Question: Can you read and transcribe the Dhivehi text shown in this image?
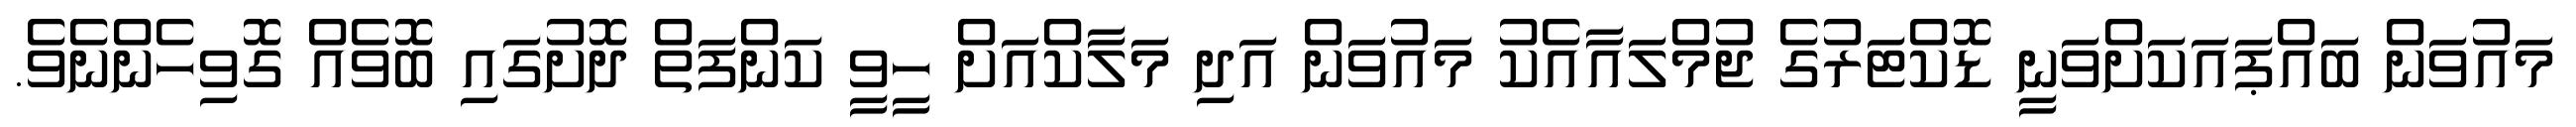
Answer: މައުވަން ބައްޕައަކަށްވަނީ ޑޮކްޓަރުގެ ޖުމްލައާއެކު މައުވަން އަދި މަލާކްއަށް ހީވީ ކަންފަތް ދޮށުގައި ބޮވެއް ގޮވިހެންނެވެ.